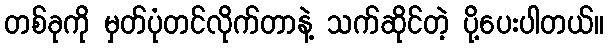
တစ်ခုကို မှတ်ပုံတင်လိုက်တာနဲ့ သက်ဆိုင်တဲ့ ပို့ပေးပါတယ်။